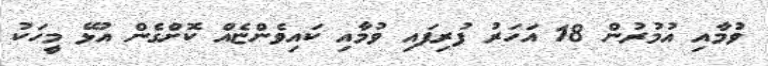
ވުމާއި އުމުރުން 18 އަހަރު ފުރިފައި ވުމާއި ކައިވެންޏެއް ކޮށްގެން އުޅޭ މީހަކު